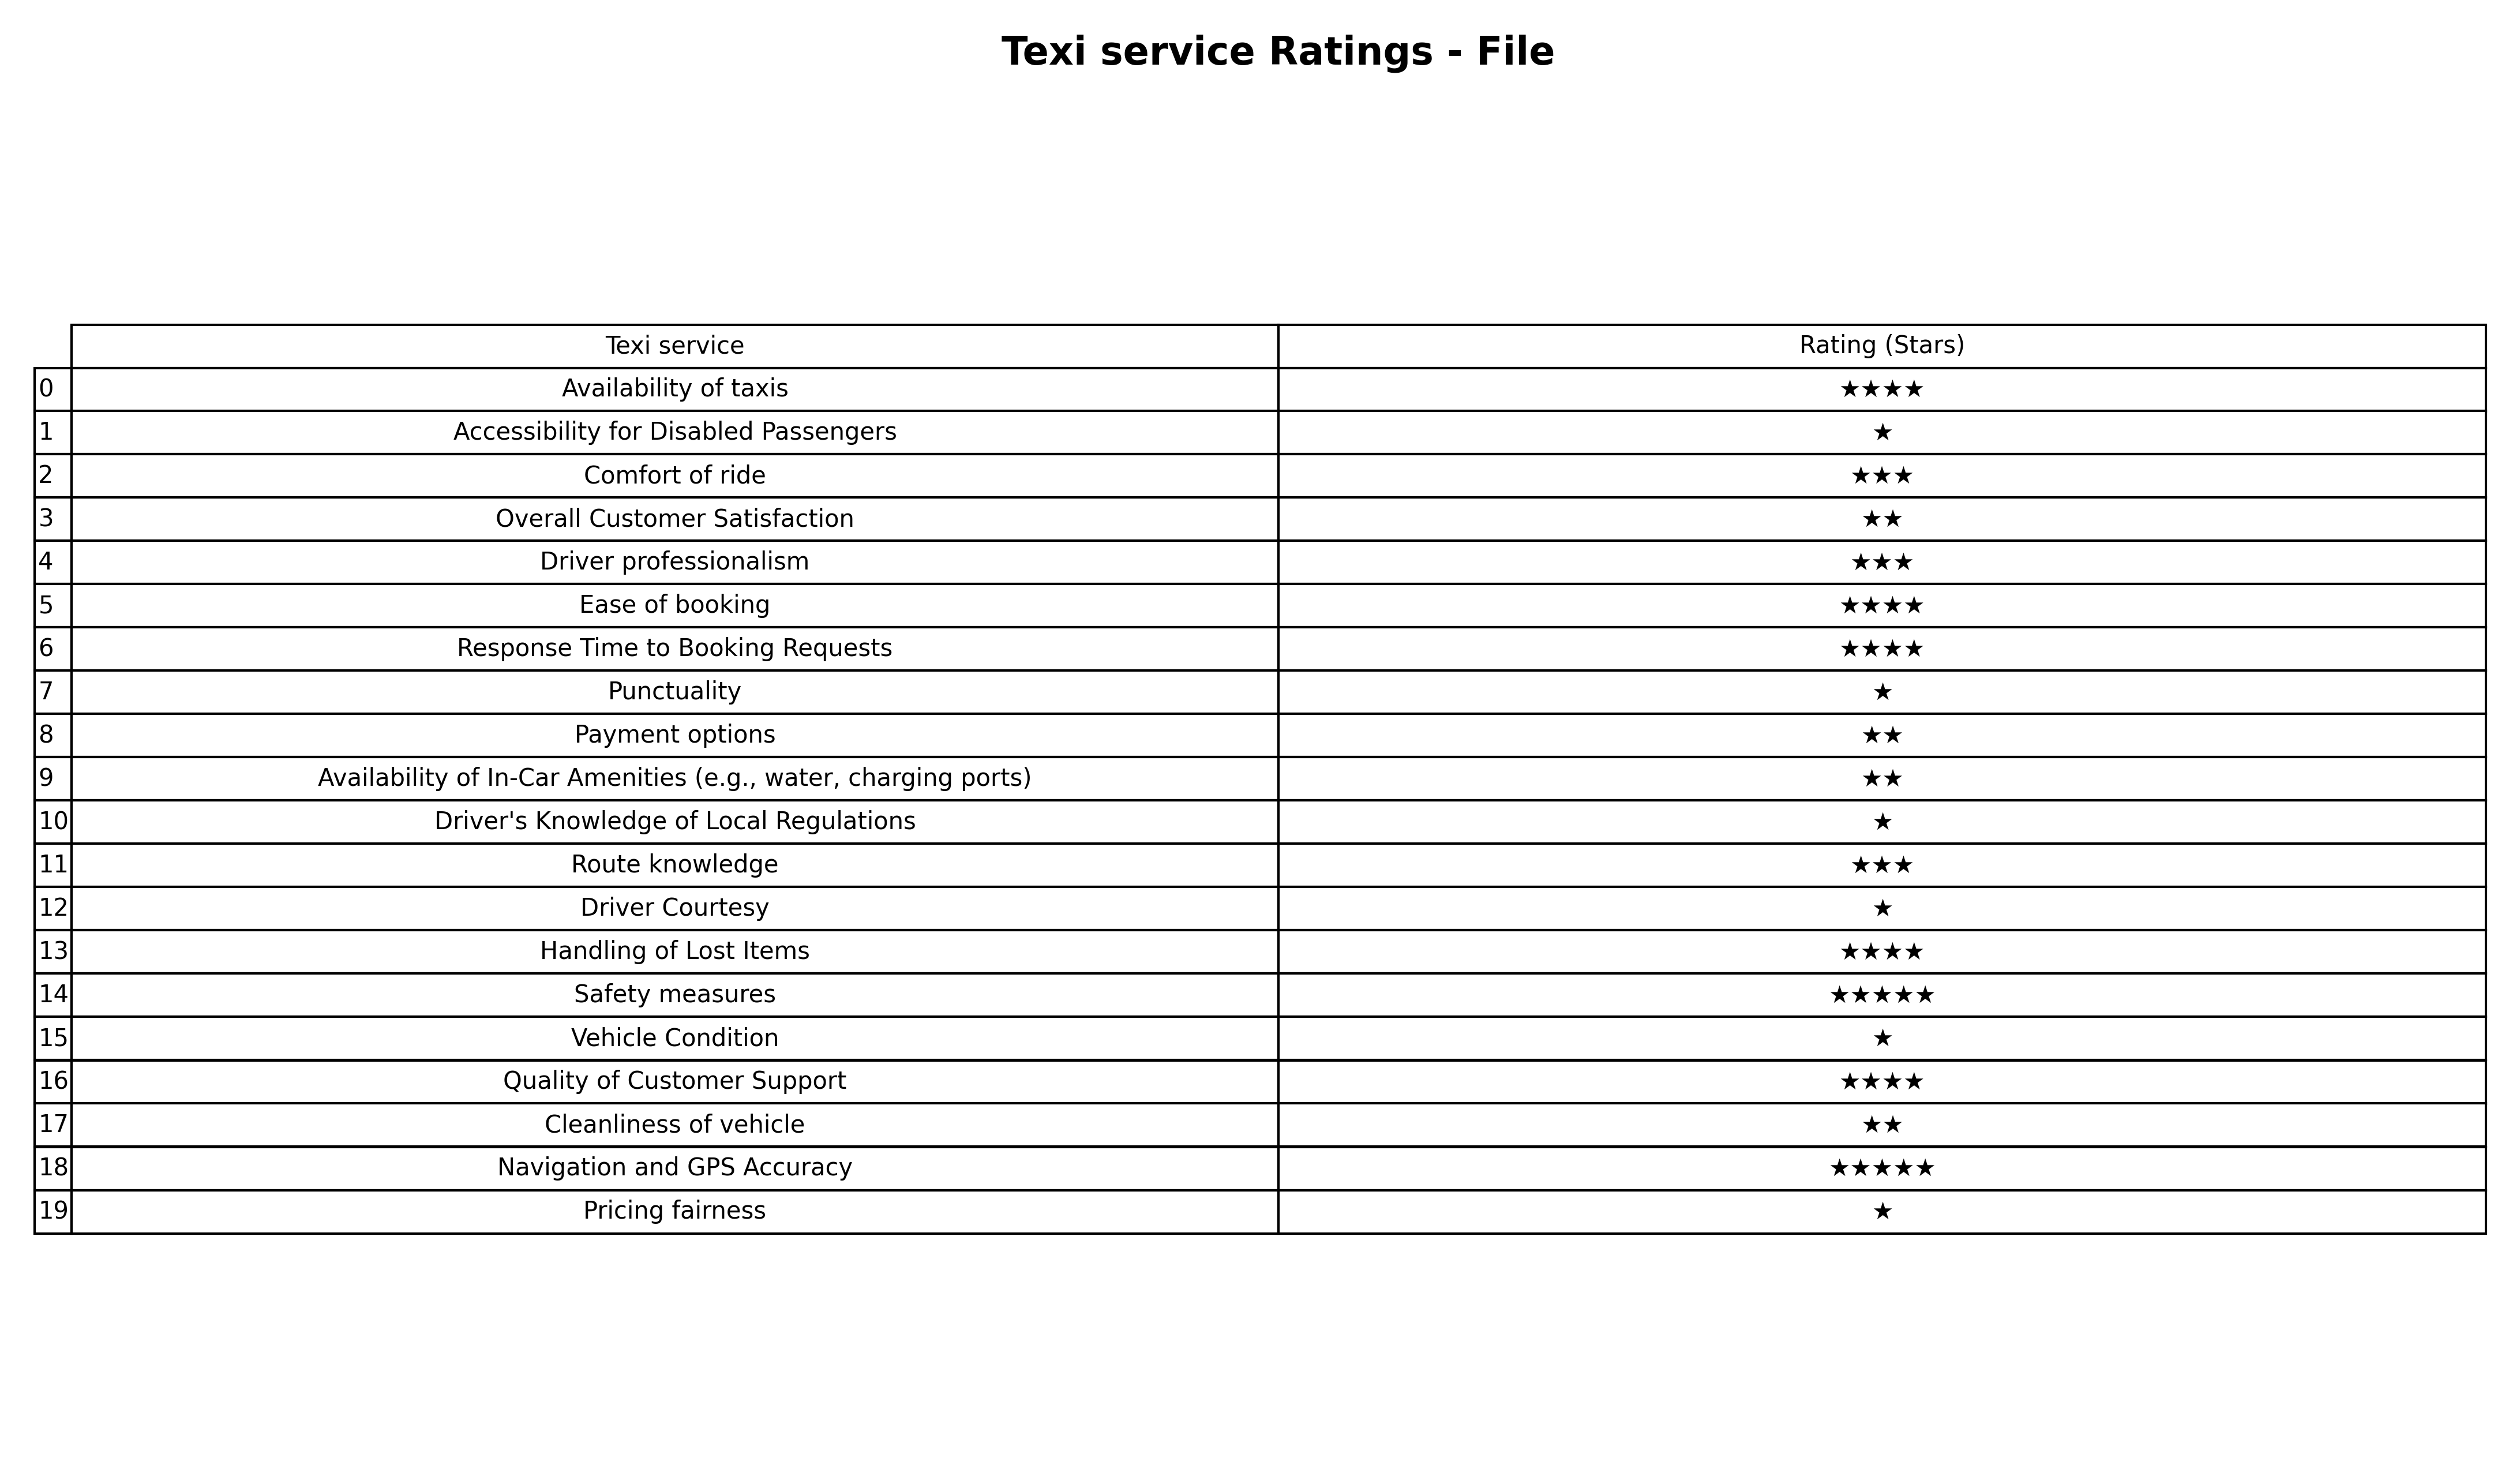
question: What is the rating of Driver professionalism?
answer: ★★★